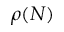
\rho ( N )